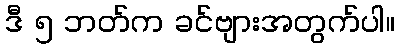
ဒီ ၅ ဘတ်က ခင်ဗျားအတွက်ပါ။